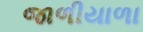
જાળીયાળા